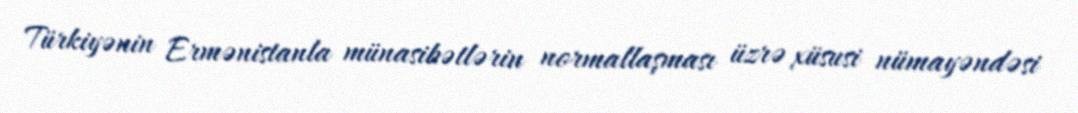
Türkiyənin Ermənistanla münasibətlərin normallaşması üzrə xüsusi nümayəndəsi